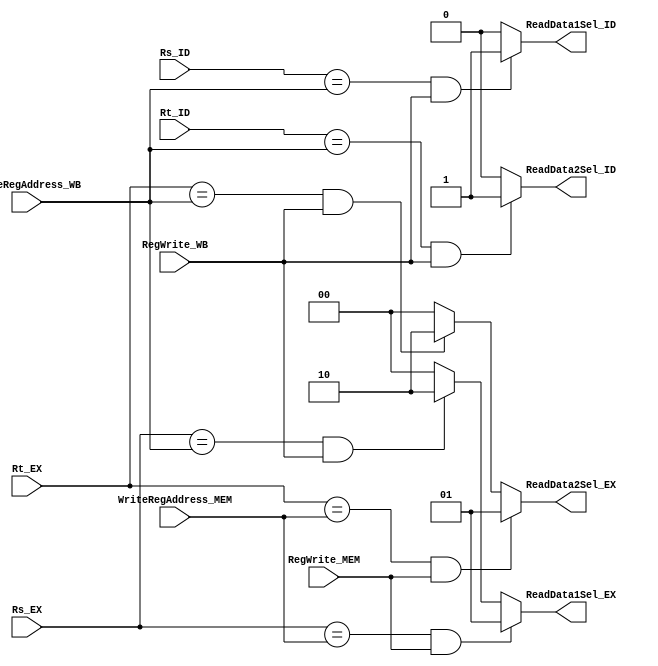
module ForwardingControl(Rs_ID,Rt_ID,Rs_EX,Rt_EX,RegWrite_MEM,WriteRegAddress_MEM,RegWrite_WB,WriteRegAddress_WB,ReadData1Sel_ID,ReadData2Sel_ID,ReadData1Sel_EX,ReadData2Sel_EX);
	input [4:0] Rs_ID,Rt_ID,Rs_EX,Rt_EX,WriteRegAddress_MEM,WriteRegAddress_WB;
	input RegWrite_MEM,RegWrite_WB;
	output ReadData1Sel_ID,ReadData2Sel_ID;
	output [1:0] ReadData1Sel_EX,ReadData2Sel_EX;
	reg ReadData1Sel_ID,ReadData2Sel_ID;
	reg [1:0] ReadData1Sel_EX,ReadData2Sel_EX;
	
	
	always @(Rs_ID,Rt_ID,Rs_EX,Rt_EX,WriteRegAddress_MEM,WriteRegAddress_WB,RegWrite_MEM,RegWrite_WB) begin
		
		if (Rs_EX == WriteRegAddress_MEM && RegWrite_MEM == 1) begin
			ReadData1Sel_EX <= 1;
		end else if (Rs_EX == WriteRegAddress_WB && RegWrite_WB == 1) begin
			ReadData1Sel_EX <= 2;
		end else begin
			ReadData1Sel_EX <= 0;
		end
		
		if (Rt_EX == WriteRegAddress_MEM && RegWrite_MEM == 1) begin
			ReadData2Sel_EX <= 1;
		end else if (Rt_EX == WriteRegAddress_WB && RegWrite_WB == 1) begin
			ReadData2Sel_EX <= 2;
		end else begin
			ReadData2Sel_EX <= 0;
		end
		
		if (Rs_ID == WriteRegAddress_WB && RegWrite_WB == 1) begin
			ReadData1Sel_ID <= 1;
		end else begin
			ReadData1Sel_ID <= 0;
		end
		
		if (Rt_ID == WriteRegAddress_WB && RegWrite_WB == 1) begin
			ReadData2Sel_ID <= 1;
		end else begin
			ReadData2Sel_ID <= 0;
		end
	end
	
	
	
endmodule